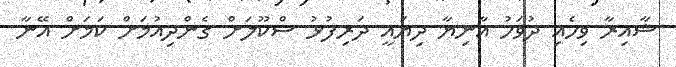
ޝާއިރާ ވިހެއި ދުވަހު އާނިޔާ ދިޔައީ ދަރިފުޅު ސްކޫލަށް ގެންދިއުމަށް ކަމަށް އޭނާ